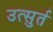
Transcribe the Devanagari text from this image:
उत्सुर्त